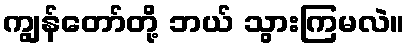
ကျွန်တော်တို့ ဘယ် သွားကြမလဲ။